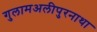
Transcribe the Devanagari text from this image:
गुलामअलीपुरनाथा